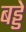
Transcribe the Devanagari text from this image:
बड्डे